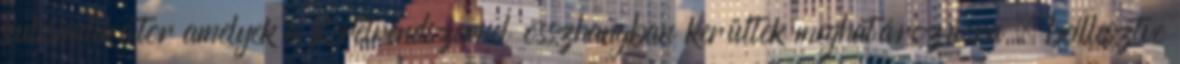
kulcsindikátor amelyek a Keretrendszerrel összhangban kerültek meghatározásra , beillesztve